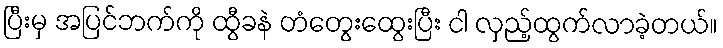
ပြီးမှ အပြင်ဘက်ကို ထွီခနဲ တံတွေးထွေးပြီး ငါ လှည့်ထွက်လာခဲ့တယ်။